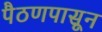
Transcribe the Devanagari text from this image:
पैठणपासून